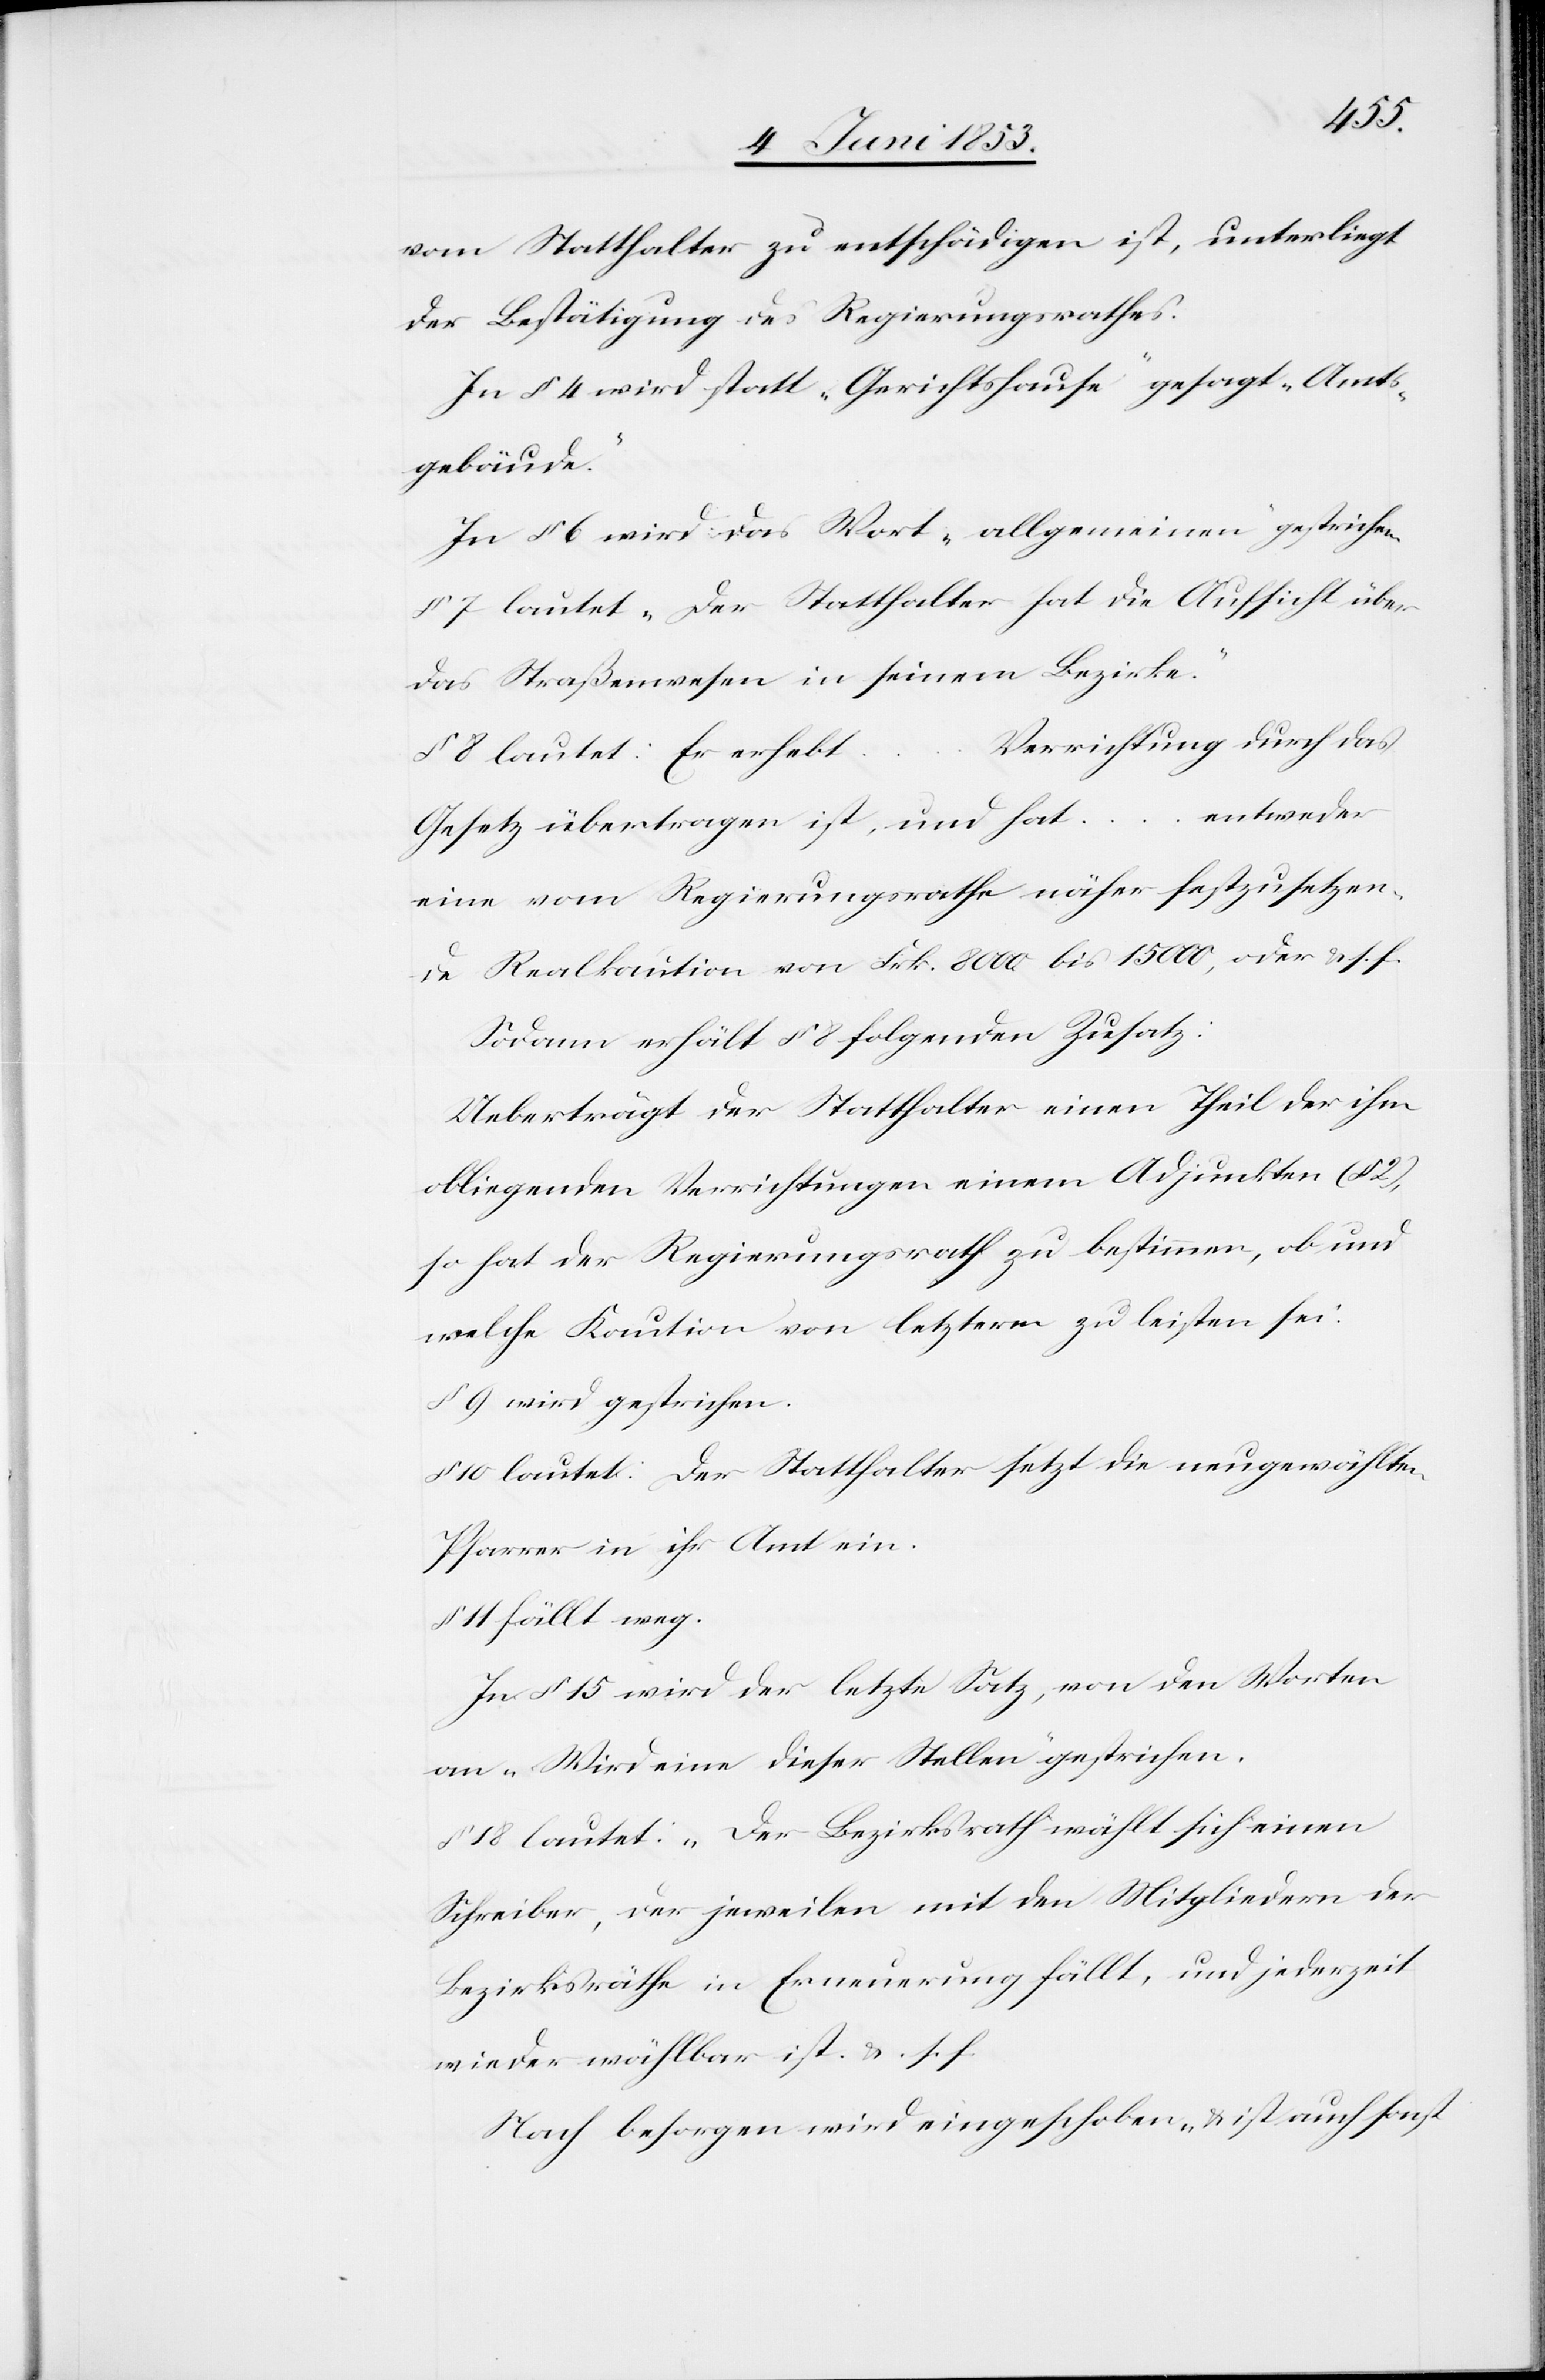
vom Statthalter zu entschädigen ist, unterliegt
der Bestätigung des Regierungsrathes.
In § 4 wird statt „Gerichthause“ gesagt „Amts¬
gebäude“.
In § 6 wird das Wort „allgemeinen“ gestrichen.
§ 7 lautet „Der Statthalter hat die Aufsicht über
das Straßenwesen in seinem Bezirke.“
Verrichtung durch das
§ 8 lautet: Er erhebt
entweder
…
Gesetz übertragen ist, und hat
eine vom Regierungsrathe näher festzusetzen¬
de Realkaution von Frk. 8000 bis 15000, oder u. s. f.
Sodann erhält § 8 folgenden Zusatz:
Ueberträgt der Statthalter einen Theil der ihm
obliegenden Verrichtungen einem Adjunkten (§ 2),
so hat der Regierungsrath zu bestimmen, ob und
welche Kaution von letzterm zu leisten sei.“
§ 9 wird gestrichen.
10 lautet: Der Statthalter setzt die neugewählten
Pfarrer in ihr Amt ein:
§ 11 fällt weg.
In § 15 wird der letzte Satz, von den Worten
an „Wird eine dieser Stellen“ gestrichen.
§ 18 lautet: „Der Bezirksrath wählt sich einen
Schreiber, der jeweilen mit den Mitgliedern der
Bezirksräthe in Erneuerung fällt, und jederzeit
wieder wählbar ist. u. s. f.
Nach besorgen wird eingeschoben „u. ist auch sonst